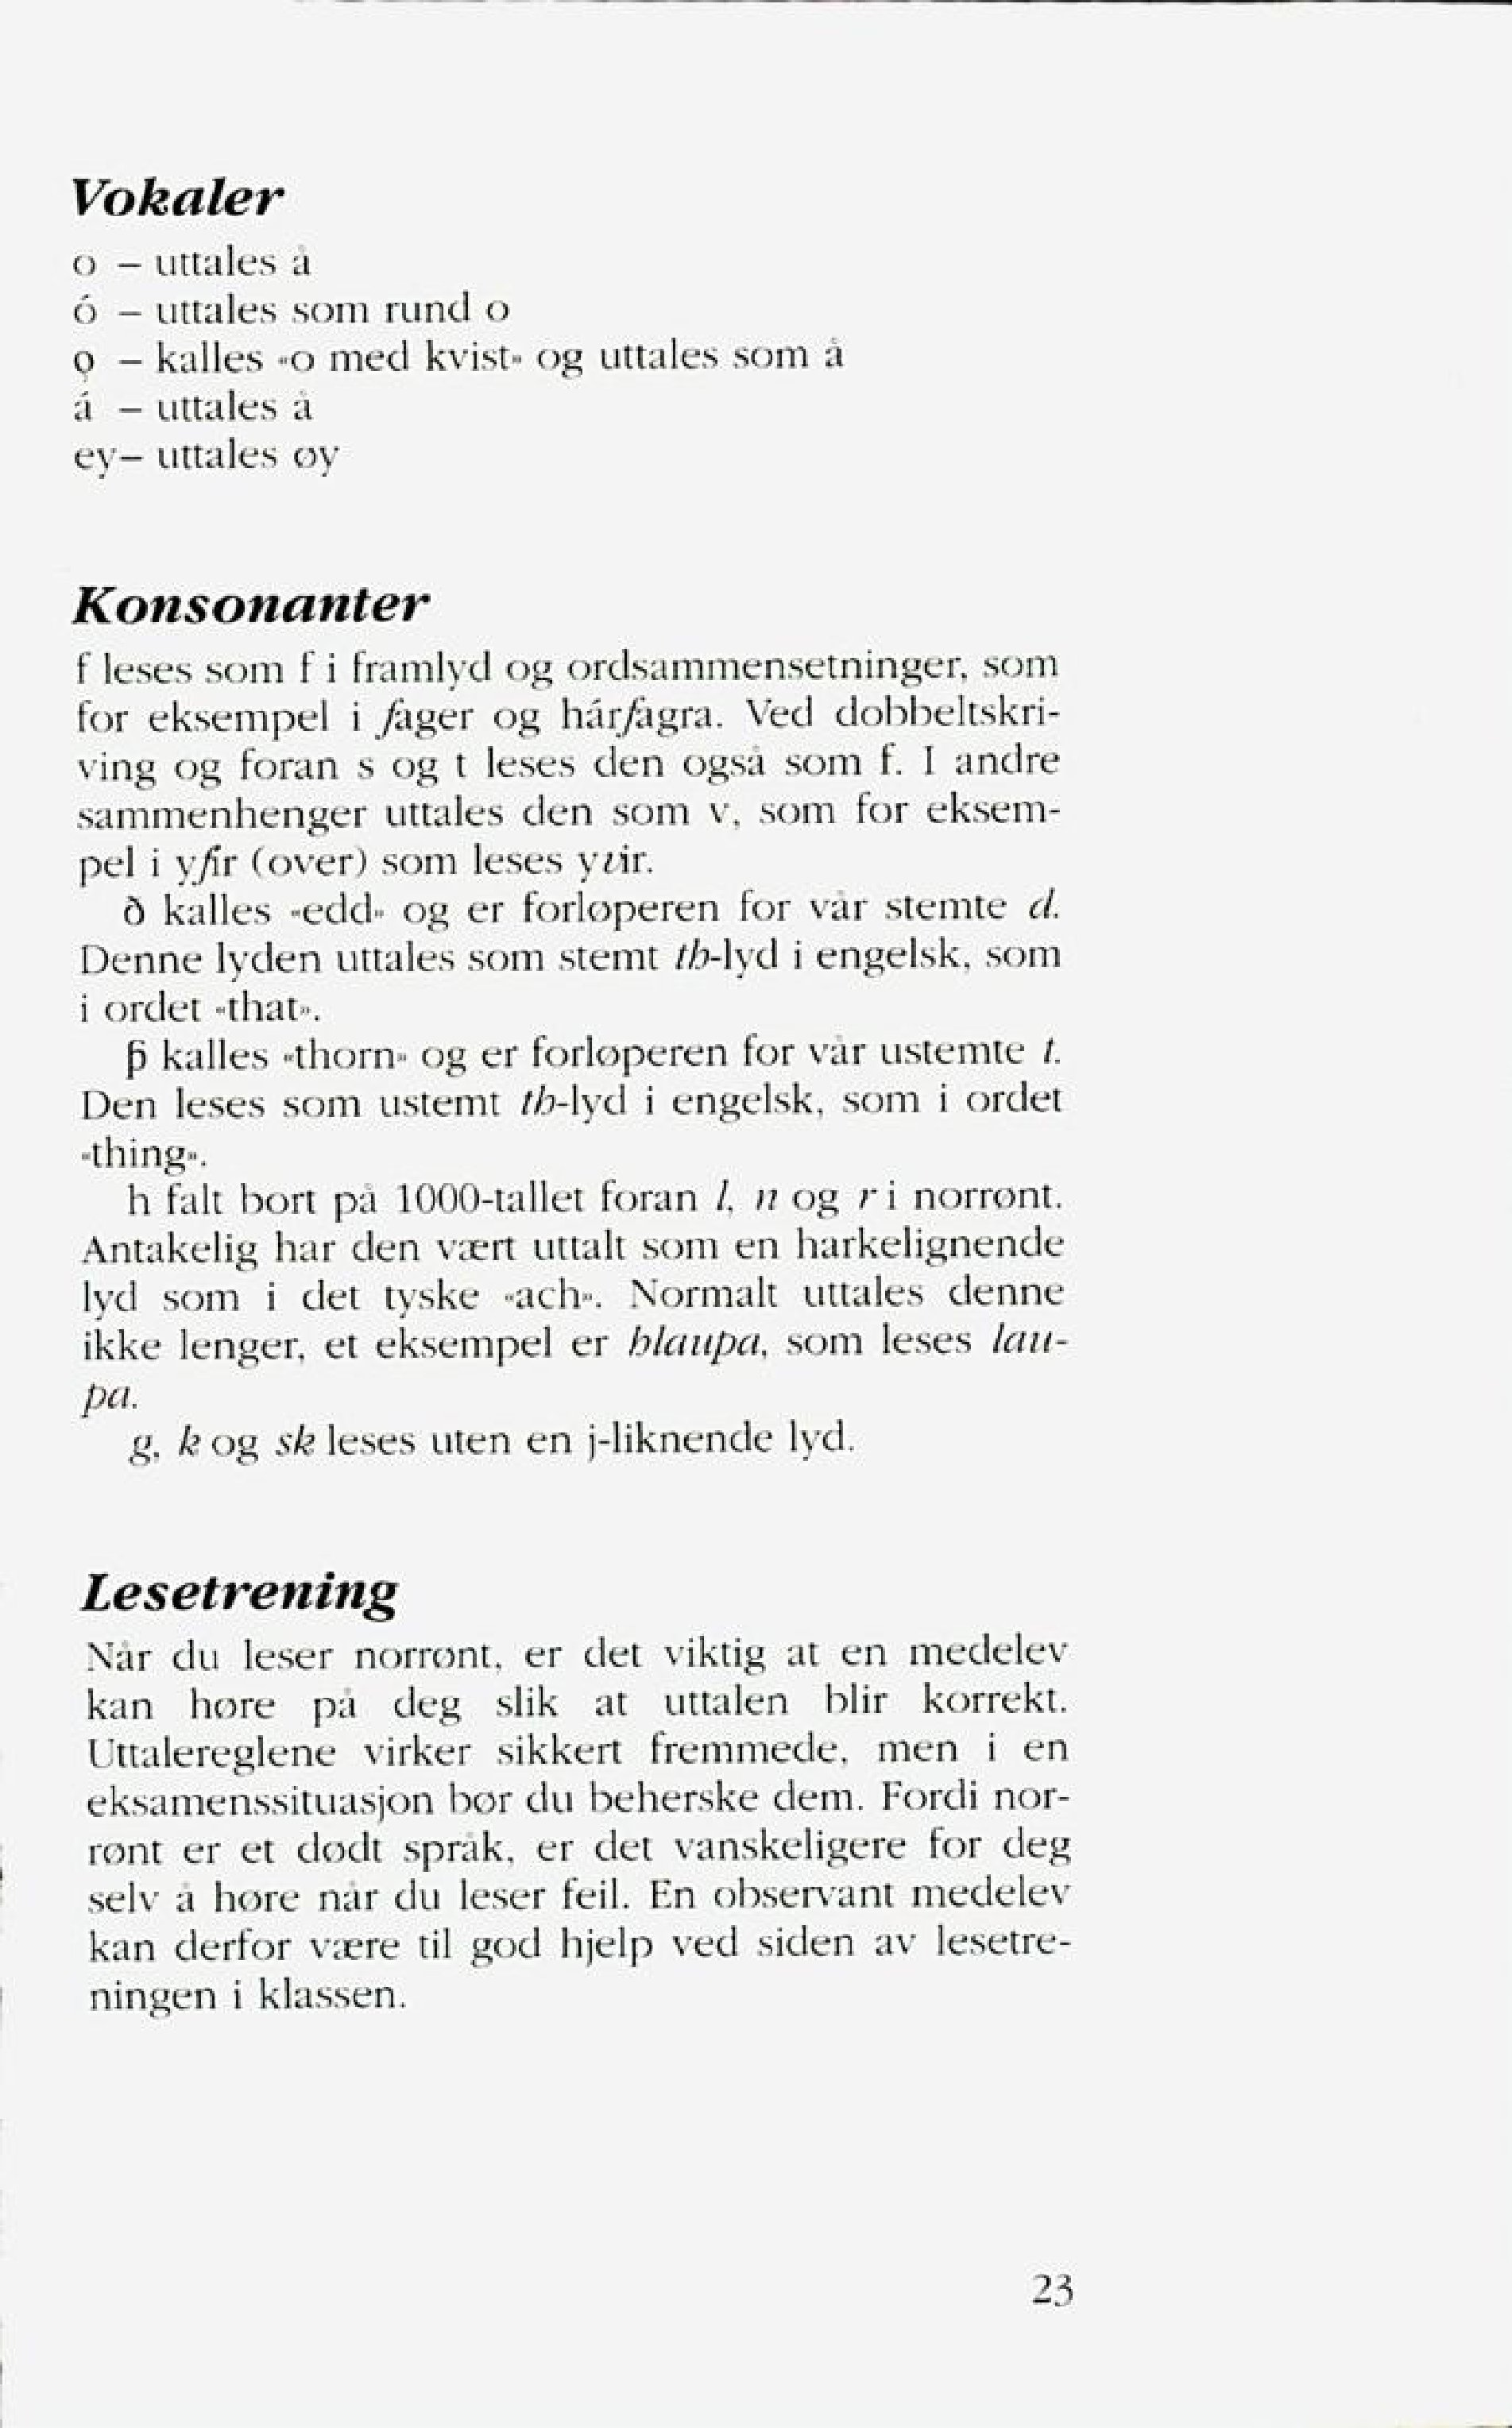
Language: no